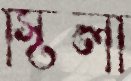
স্টিলা